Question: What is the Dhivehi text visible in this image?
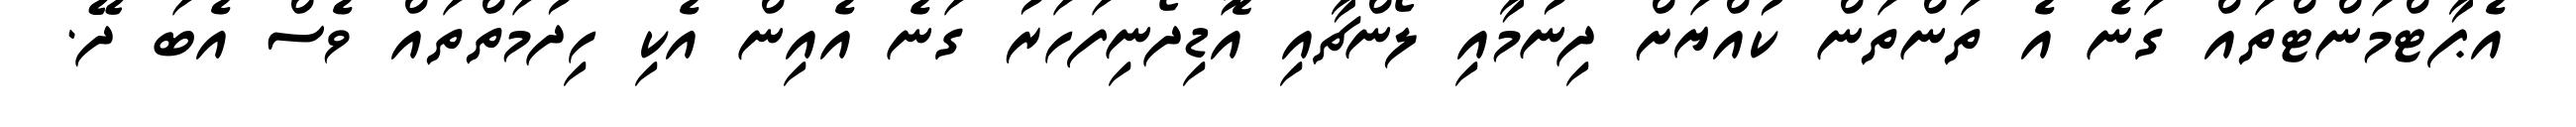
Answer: އެޕާޓްމަންޓްތައް ގަނެ އެ ތަންތަން ކުއްޔަށް ދިނުމާއި ލޯންޗާއި އޮޑިދޯނިފަހަރު ގަނެ އެއިން އެކި ހިދުމަތްތައް ވެސް އެބަ ދޭ.